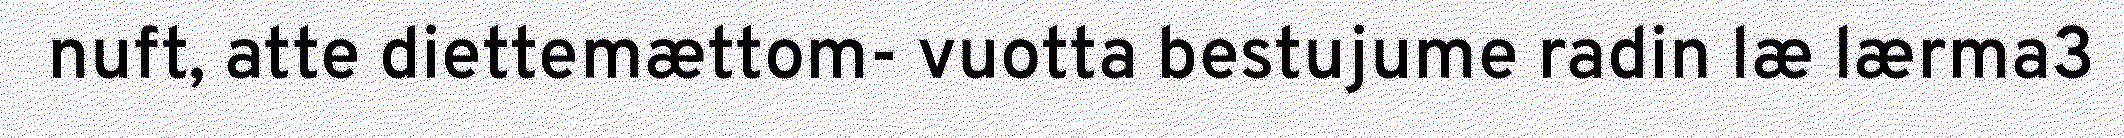
nuft, atte diettemættom- vuotta bestujume radin læ lærma3